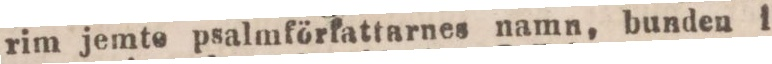
rim jemte psalmförfattarnes mamn, bunden i